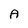
Character: A